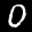
Label: 0